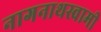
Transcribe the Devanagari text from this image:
नागनाथस्वामी